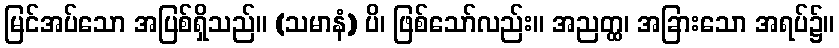
မြင်အပ်သော အပြစ်ရှိသည်။ (သမာနံ) ပိ၊ ဖြစ်သော်လည်း။ အညတ္ထ၊ အခြားသော အရပ်၌။